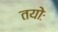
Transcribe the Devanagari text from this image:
तयोः